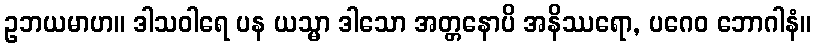
ဥဘယမာဟ။ ဒါသဝါရေ ပန ယသ္မာ ဒါသော အတ္တနောပိ အနိဿရော, ပဂေဝ ဘောဂါနံ။